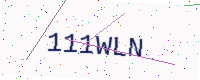
Text: 111WLN